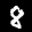
Label: 8